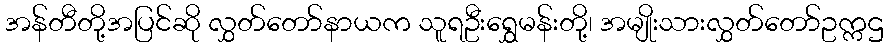
အန်တီတို့အပြင်ဆို လွှတ်တော်နာယက သူရဦးရွှေမန်းတို့၊ အမျိုးသားလွှတ်တော်ဥက္ကဌ